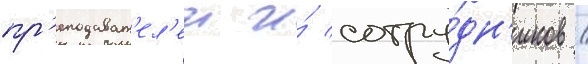
пр'еподават'ел'еи и́ сотру́дн'иков /